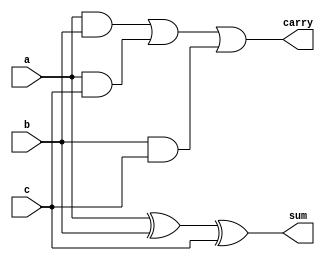
 module fulladder(a,b,c,carry,sum);
 input a,b,c;
 output carry,sum;
 assign carry=a&b|a&c|b&c;
 assign sum=a^b^c;
 endmodule
 module test;
 reg a1,b1,c1;
 wire carry1,sum1;
 fulladder h1(a1,b1,c1,carry1,sum1);
initial begin
$dumpfile("dump1.vcd");
$dumpvars(0,test);
$display("a\tb\tc\tcarry\tsum");
$monitor("%b\t%b\t%b\t%b\t%b",a1,b1,c1,carry1,sum1);
a1=0;b1=0;
c1=0;#10;
a1=0;b1=0;
c1=1;#10;
a1=0;b1=1;
c1=0;#10;
a1=0;b1=1;
c1=1;#10;
a1=1;b1=0;
c1=0;#10;
a1=1;b1=0;
c1=1;#10;
a1=1;b1=1;
c1=0;#10;
a1=1;b1=1;
c1=1;#10;
$finish;
end
endmodule